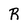
Character: R